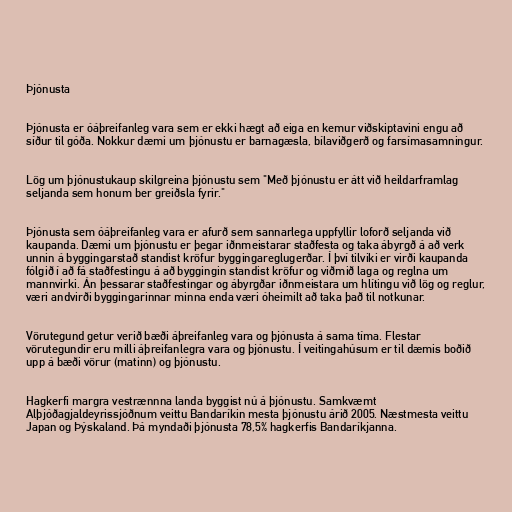
Þjónusta

Þjónusta er óáþreifanleg vara sem er ekki hægt að eiga en kemur viðskiptavini engu að
síður til góða. Nokkur dæmi um þjónustu er barnagæsla, bílaviðgerð og farsímasamningur.

Lög um þjónustukaup skilgreina þjónustu sem "Með þjónustu er átt við heildarframlag
seljanda sem honum ber greiðsla fyrir."

Þjónusta sem óáþreifanleg vara er afurð sem sannarlega uppfyllir loforð seljanda við
kaupanda. Dæmi um þjónustu er þegar iðnmeistarar staðfesta og taka ábyrgð á að verk
unnin á byggingarstað standist kröfur byggingareglugerðar. Í því tilviki er virði kaupanda
fólgið í að fá staðfestingu á að byggingin standist kröfur og viðmið laga og reglna um
mannvirki. Án þessarar staðfestingar og ábyrgðar iðnmeistara um hlítingu við lög og reglur,
væri andvirði byggingarinnar minna enda væri óheimilt að taka það til notkunar.

Vörutegund getur verið bæði áþreifanleg vara og þjónusta á sama tíma. Flestar
vörutegundir eru milli áþreifanlegra vara og þjónustu. Í veitingahúsum er til dæmis boðið
upp á bæði vörur (matinn) og þjónustu.

Hagkerfi margra vestrænnna landa byggist nú á þjónustu. Samkvæmt
Alþjóðagjaldeyrissjóðnum veittu Bandaríkin mesta þjónustu árið 2005. Næstmesta veittu
Japan og Þýskaland. Þá myndaði þjónusta 78,5% hagkerfis Bandaríkjanna.